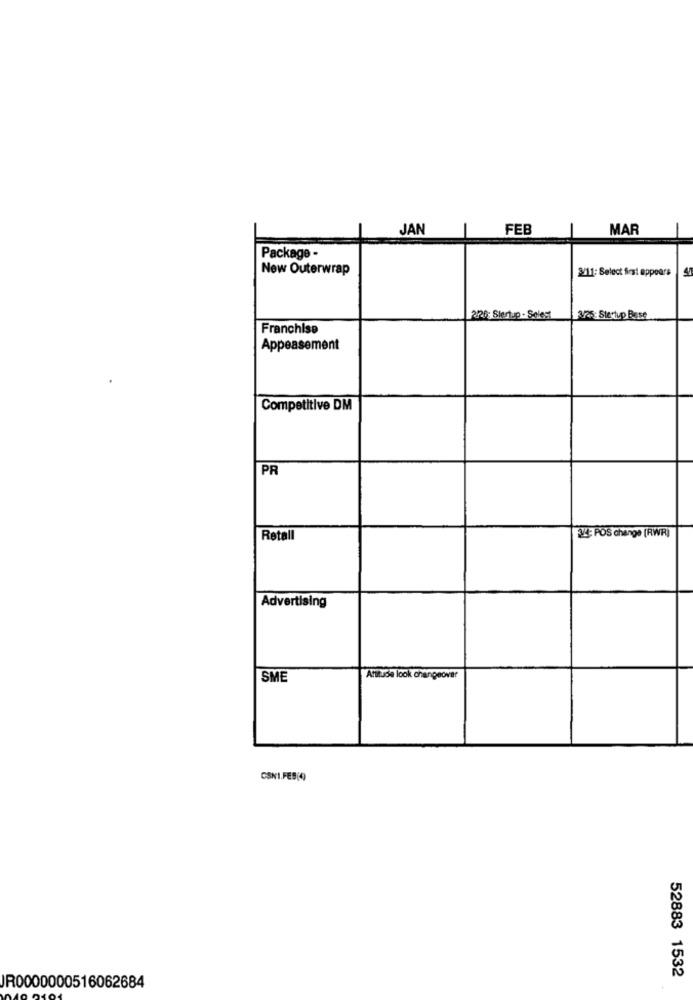
JAN
FEB
MAR
Package -
New Outerwrap
2/11: Select first appears
216; Slertp - Selest
3/25: Stertup Base
Franchise
Appeasement
Competitive DM
PR
Retall
24 POS change (RWR)
Advertising
SME
Attitude look changeover
CSNI.FEB(4)
52883 1532
JR0000000516062684